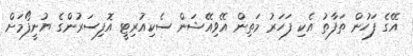
އޭގެ ފަހުން ތަފާތު އެކި ފަހަރު މަތިން އޭވިއޭޝަން ސެކިއުރިޓީ އޮފިސަރުންގެ ޔުނީފޯމަށް